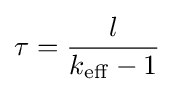
\tau ={l \over k_{\mathrm {eff} }-1}